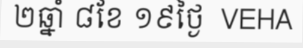
២ឆ្នាំ ៨ខែ ១៩ថ្ងៃ  VEHA